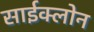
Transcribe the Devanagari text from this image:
साईक्लोन